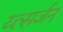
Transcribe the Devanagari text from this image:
य्त्सर्जन